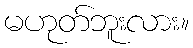
မဟုတ်ဘူးလား။